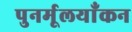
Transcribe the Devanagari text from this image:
पुनर्मूलयाँकन